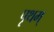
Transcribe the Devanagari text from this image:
पृथम्‌